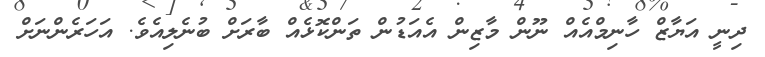
ދިނީ އަޔާޒް ހާނިމްއެއް ނޫން މާޒިން އެއަޑުން ތަންކޮޅެއް ބާރަށް ބުނެލިއެވެ. އަހަރެންނަށް